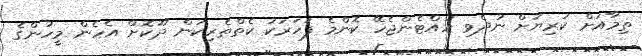
ތިމާއަށް ކުރިޔަށް ނުދެވި ހުއްޓެންޖެހޭ ކޮންމެ ފަހަރަކު ކެތްތެރިކަން ދޫކޮށް އެހެން މީހުންގެ